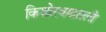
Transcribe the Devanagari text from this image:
किशोरवयातली